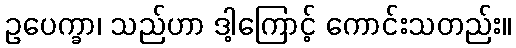
ဥပေက္ခာ၊ သည်ဟာ ဒါ့ကြောင့် ကောင်းသတည်း။